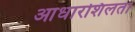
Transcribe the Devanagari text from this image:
आधारशिलता